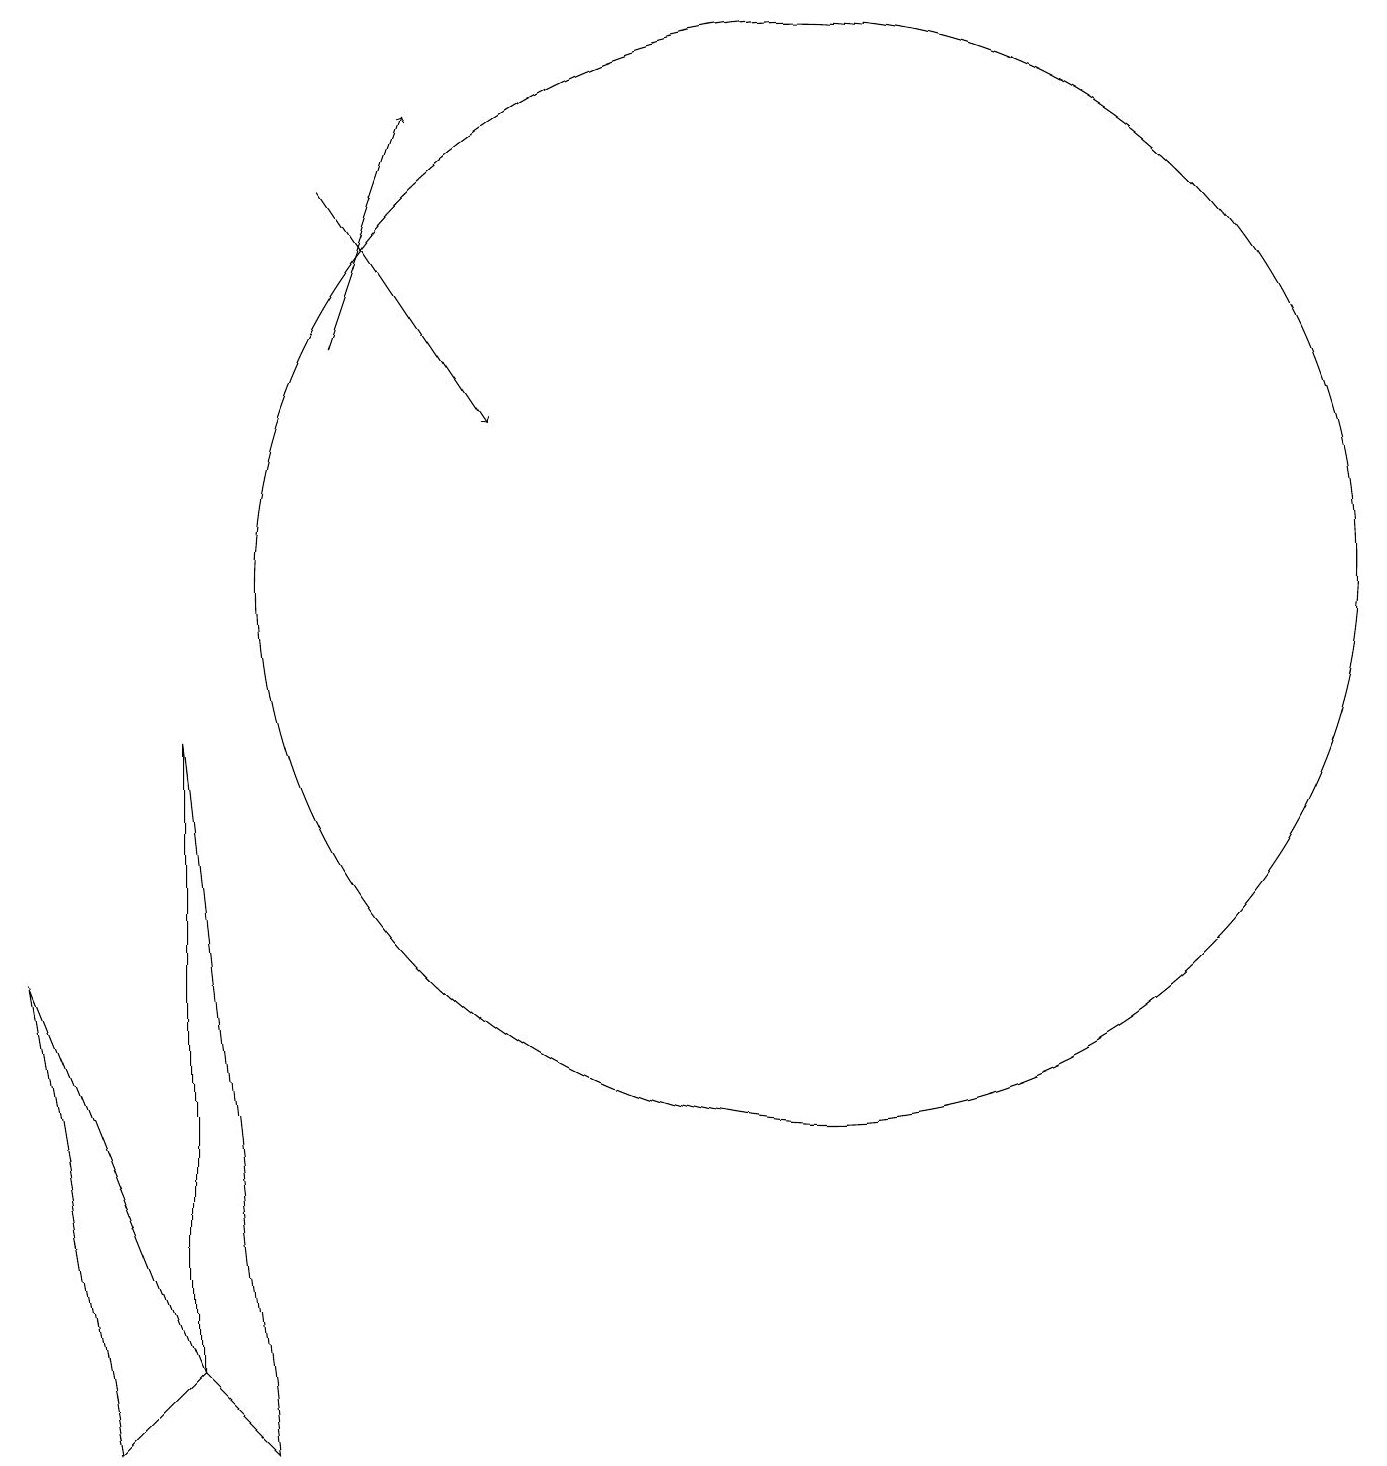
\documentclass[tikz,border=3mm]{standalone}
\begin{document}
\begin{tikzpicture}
\draw (3,0) -- (4,1) -- (2,6) -- cycle;
\draw (12,11) circle (7);
\draw (4,1) -- (5,0) -- (4,9) -- cycle;
\draw[->] (6,16) -- (8,13);
\draw[->] (6,14) -- (7,17);
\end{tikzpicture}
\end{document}